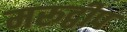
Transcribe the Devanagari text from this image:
मरूद्वीप